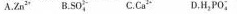
A.Zn^{2+} B.SO_{4}^{2-} C.Ca^{3+} D.H_{2}PO_{4}^{-}